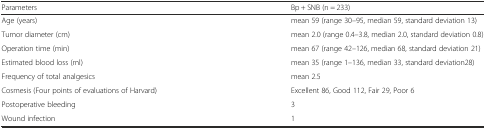
<table><thead><tr><td><b>Parameters</b></td><td><b>Bp + SNB (n = 233)</b></td></tr></thead><tbody><tr><td>Age (years)</td><td>mean 59 (range 30–95, median 59, standard deviation 13)</td></tr><tr><td>Tumor diameter (cm)</td><td>mean 2.0 (range 0.4–3.8, median 2.0, standard deviation 0.8)</td></tr><tr><td>Operation time (min)</td><td>mean 67 (range 42–126, median 68, standard deviation 21)</td></tr><tr><td>Estimated blood loss (ml)</td><td>mean 35 (range 1–136, median 33, standard deviation28)</td></tr><tr><td>Frequency of total analgesics</td><td>mean 2.5</td></tr><tr><td>Cosmesis (Four points of evaluations of Harvard)</td><td>Excellent 86, Good 112, Fair 29, Poor 6</td></tr><tr><td>Postoperative bleeding</td><td>3</td></tr><tr><td>Wound infection</td><td>1</td></tr></tbody></table>